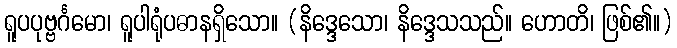
ရူပပုဗ္ဗင်္ဂမော၊ ရူပါရုံပဓာနရှိသော။ (နိဒ္ဒေသော၊ နိဒ္ဒေသသည်။ ဟောတိ၊ ဖြစ်၏။)